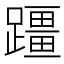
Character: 𫏣